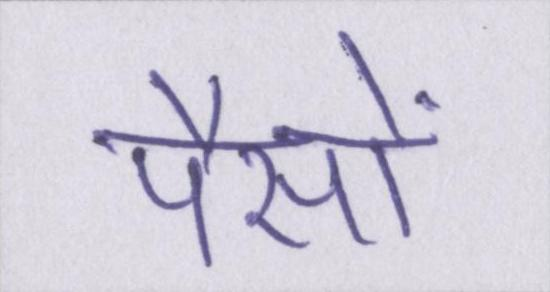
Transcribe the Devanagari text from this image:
पैसों